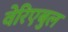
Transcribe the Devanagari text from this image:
वेरिएबुल